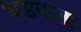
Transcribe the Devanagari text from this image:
धडकता